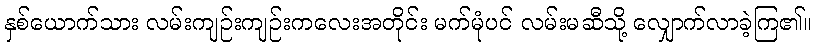
နှစ်ယောက်သား လမ်းကျဉ်းကျဉ်းကလေးအတိုင်း မက်မုံပင် လမ်းမဆီသို့ လျှောက်လာခဲ့ကြ၏။